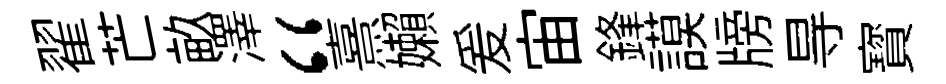
翟芒畝澤“熹嬾爰宙鋒謨牓㝵寳